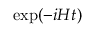
\exp ( - i H t )